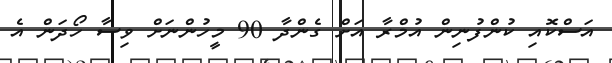
އަސްކޮއި ކުންފުނިން އުމްރާ އަށް ގެންދާ 90 މީހުންނަށް ވިސާ ހޯދަން އެ